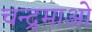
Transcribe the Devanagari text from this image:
चन्द्रमाओ